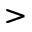
>